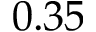
0 . 3 5